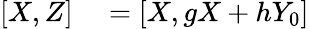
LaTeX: \begin{array}{rl}{[X,Z]}&{{}=[X,gX+hY_{0}]}\end{array}